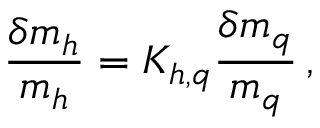
\frac { \delta m _ { h } } { m _ { h } } = K _ { h , q } \frac { \delta m _ { q } } { m _ { q } } \, ,